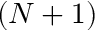
( N + 1 )